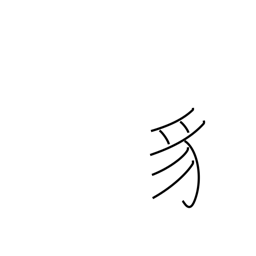
Meaning: snake